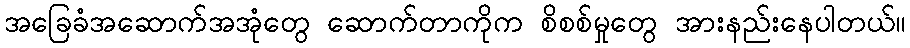
အခြေခံအဆောက်အအုံတွေ ဆောက်တာကိုက စိစစ်မှုတွေ အားနည်းနေပါတယ်။